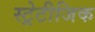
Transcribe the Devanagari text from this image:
स्ट्रेटीजिक